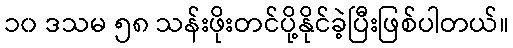
၁၀ ဒသမ ၅၈ သန်းဖိုးတင်ပို့နိုင်ခဲ့ပြီးဖြစ်ပါတယ်။